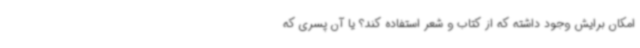
امکان برایش وجود داشته که از کتاب و شعر استفاده کند؟ یا آن پسری که